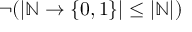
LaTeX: \neg ( | { \mathbb { N } } \to \{ 0 , 1 \} | \leq | { \mathbb { N } } | )